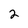
Character: 2